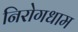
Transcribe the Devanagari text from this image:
निरोगधाम